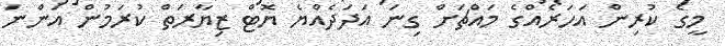
މީގެ ކުރިން އަހަރެއްގެ މައްޗަށް ގިނަ އަދަދެއްޔެ ޔޮޓް ޒިޔާރަތް ކުރަމުން އަންނަ